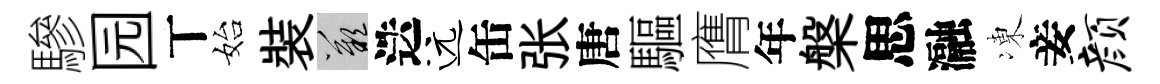
驂园丅始裝嘆迭远缶张唐驅膺年槃思瀜凍妾颜